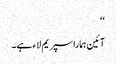
‘‘
آئین ہمارا سپریم لاء ہے۔